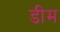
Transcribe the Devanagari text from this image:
डीम